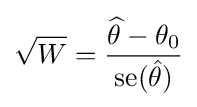
{\sqrt {W}}={\frac {{\widehat {\theta }}-\theta _{0}}{\operatorname {se} ({\hat {\theta }})}}